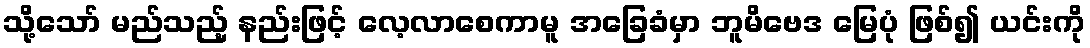
သို့သော် မည်သည့် နည်းဖြင့် လေ့လာစေကာမူ အခြေခံမှာ ဘူမိဗေဒ မြေပုံ ဖြစ်၍ ယင်းကို